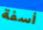
أسفة